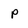
Character: p